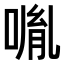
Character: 𠸕